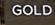
gold